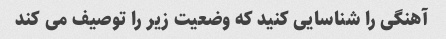
آهنگی را شناسایی کنید که وضعیت زیر را توصیف می کند